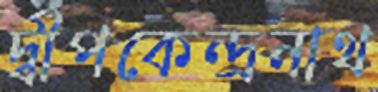
দ্বীপকেন্দ্রনাথ